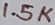
Text: 1.5K